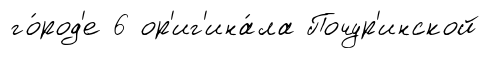
го́род'е 6 ор'иг'ина́ла Почур'инской